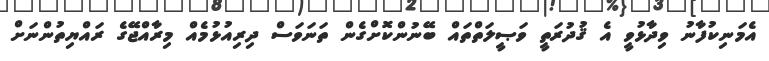
އެމަނިކުފާނު ވިދާޅުވީ އެ ޤުދުރަތީ ވަޞީލަތްތައް ބޭނުންކޮށްގެން ތަނަވަސް ދިރިއުޅުމެއް މިރާއްޖޭގެ ރައްޔިތުންނަށް